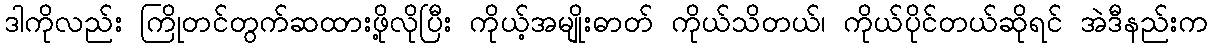
ဒါကိုလည်း ကြိုတင်တွက်ဆထားဖို့လိုပြီး ကိုယ့်အမျိုးဓာတ် ကိုယ်သိတယ်၊ ကိုယ်ပိုင်တယ်ဆိုရင် အဲဒီနည်းက